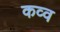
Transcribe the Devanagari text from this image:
कव्व